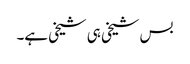
بس شیخی ہی شیخی ہے۔